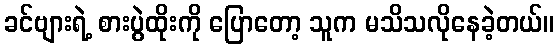
ခင်ဗျားရဲ့ စားပွဲထိုးကို ပြောတော့ သူက မသိသလိုနေခဲ့တယ်။